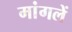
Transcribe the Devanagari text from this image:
मांगलें